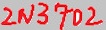
Text: 2N3702